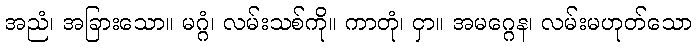
အညံ၊ အခြားသော။ မဂ္ဂံ၊ လမ်းသစ်ကို။ ကာတုံ၊ ငှာ။ အမဂ္ဂေန၊ လမ်းမဟုတ်သော